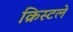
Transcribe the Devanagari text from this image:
क्रिस्टले